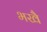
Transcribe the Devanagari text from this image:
भखै